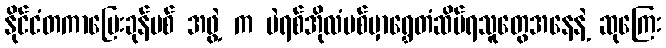
နိုင်ငံတကာပြေးခုန်ပစ် အဖွဲ့ က ပဲရစ်အိုလံပစ်မှာရွှေတံဆိပ်ရသူတွေအနေနဲ့ ဆုကြေး